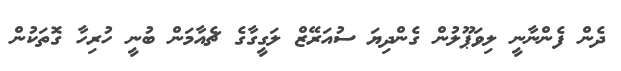
ދެން ފެންނާނީ ލިވަޕޫލުން ގެންދިޔަ ސުއަރޭޒް ލަގީގާގެ ޗެއާމަން ބުނީ ހުރިހާ ގޮތަކުން